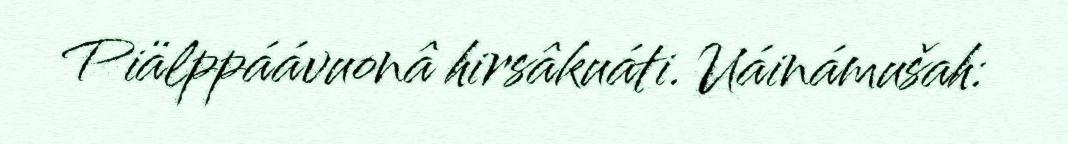
Piälppáávuonâ hirsâkuáti. Uáinámušah: